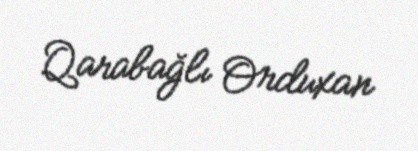
Qarabağlı Orduxan